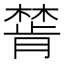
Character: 𣛅